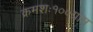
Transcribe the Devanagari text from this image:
क्रमशः१००ग्राम